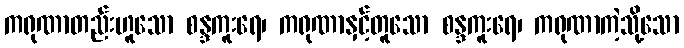
ကရုဏာတည်းဟူသော စန္ဒကူးရေ၊ ကရုဏာနှင့်တူသော စန္ဒကူးရေ၊ ကရုဏာကဲ့သို့သော